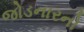
જોડનારનો